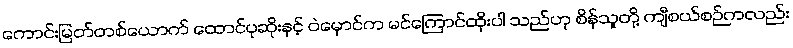
ကောင်းမြတ်တစ်ယောက် ထောင်ပုဆိုးနှင့် ဝဲမှောင်က မင်ကြောင်ထိုးပါ သည်ဟု စိန်သူတို့ ကျီစယ်စဉ်ကလည်း